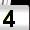
Digit: 4